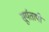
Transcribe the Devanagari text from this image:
सूर्यतापी